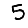
Digit: 5